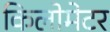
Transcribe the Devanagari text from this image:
किलोमेटर